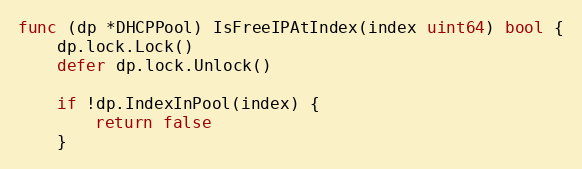
Language: Go
func (dp *DHCPPool) IsFreeIPAtIndex(index uint64) bool {
	dp.lock.Lock()
	defer dp.lock.Unlock()

	if !dp.IndexInPool(index) {
		return false
	}